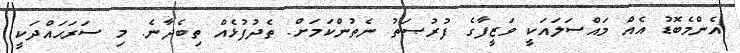
އެންމެބޮޑު އެއް މައްސަލައަކީ ވަޒީފާގެ ފުރުޞަތު ނެތުންކަމަށް. ތެދުފުޅެއް ތިބެދާނެ. މި ސަރަޙައްދަކީ